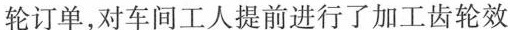
轮订单，对车间工人提前进行了加工齿轮效